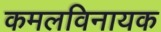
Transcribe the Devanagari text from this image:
कमलविनायक